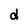
Character: d